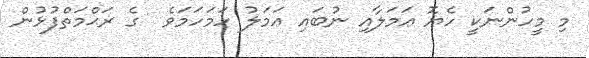
މި މީހުންނަކީ ހެޔޮ ޢަމަލާއި ނުބައި ޢަމަލު ހަމަހަމަވެ  ގެ ރަޙްމަތްފުޅުން